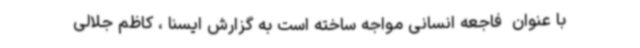
با عنوان  فاجعه انسانی مواجه ساخته است به گزارش ایسنا ، کاظم جلالی